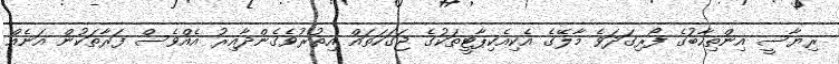
ރިޔާސީ އިންތިހާބުގެ ފޯރިގަދަވެ މާލޭގެ އެކިއެކިޕާޓީތަކުގެ ޖަގަހަތައް އިތުރުވެގެންދާއިރު އެއްވެސް ފަރާތަކުން އަނެއް